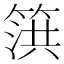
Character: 篊